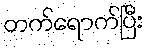
တက်ရောက်ပြီး